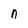
Character: n